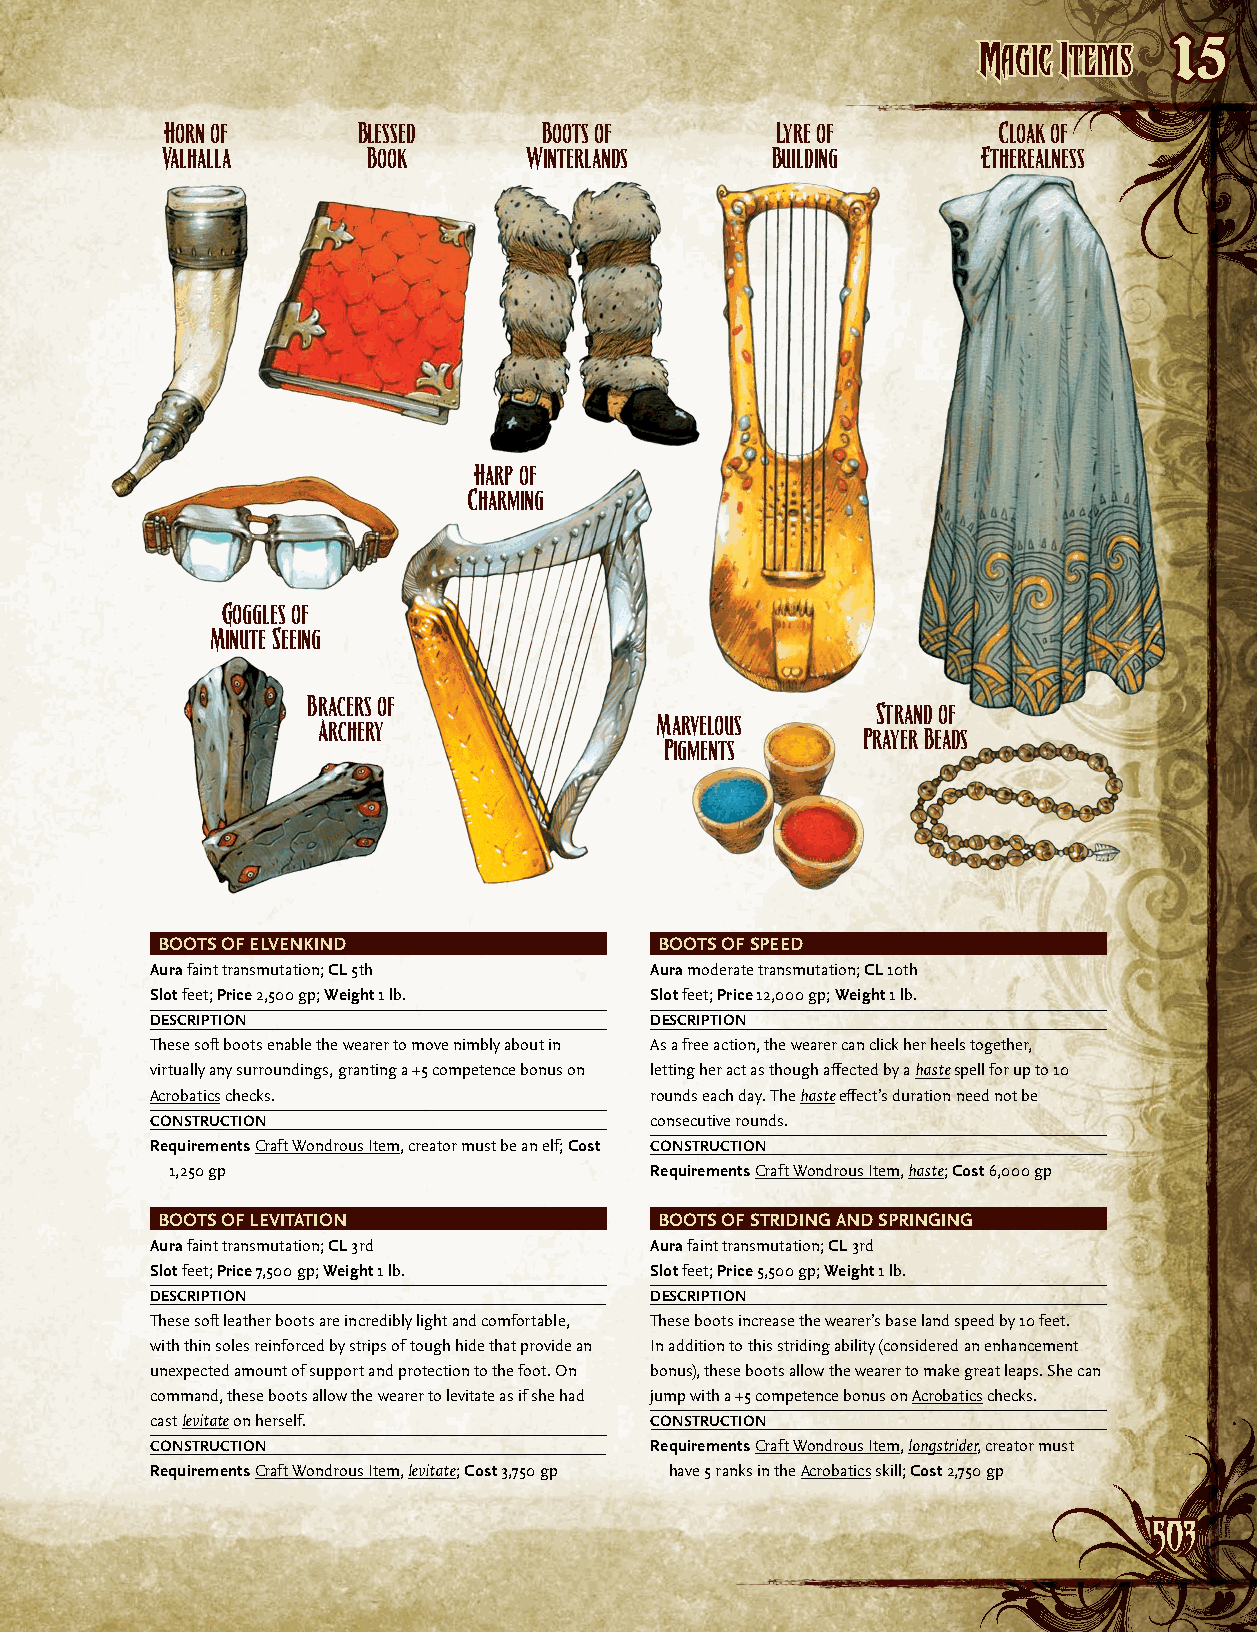
MMaaggiicc IItteemmss
 15
 Horn of      Blessed     Boots of       Lyre of        Cloak of
 Valhalla     Book       Winterlands     Building      Etherealness
 Harp of
 Charming
 Goggles of
 Minute Seeing
 Bracers of
 Strand of
 Marvelous
 Archery
 Prayer Beads
 Pigments
 BOOTS OF ELVENKIND                BOOTS OF SPEED
 Aura faint transmutation; CL 5th Aura moderate transmutation; CL 10th
 Slot feet; Price 2,500 gp; Weight 1 lb. Slot feet; Price 12,000 gp; Weight 1 lb.
 DESCRIPTION                      DESCRIPTION
 These soft boots enable the wearer to move nimbly about in As a free action, the wearer can click her heels together,
 virtually any surroundings, granting a +5 competence bonus on letting her act as though affected by a haste spell for up to 10
 Acrobatics checks.               rounds each day. The haste effect’s duration need not be
 CONSTRUCTION                     consecutive rounds.
 Requirements Craft Wondrous Item, creator must be an elf; Cost CONSTRUCTION
 1,250 gp                        Requirements Craft Wondrous Item, haste; Cost 6,000 gp
 BOOTS OF LEVITATION               BOOTS OF STRIDING AND SPRINGING
 Aura faint transmutation; CL 3rd Aura faint transmutation; CL 3rd
 Slot feet; Price 7,500 gp; Weight 1 lb. Slot feet; Price 5,500 gp; Weight 1 lb.
 DESCRIPTION                      DESCRIPTION
 These soft leather boots are incredibly light and comfortable, These boots increase the wearer’s base land speed by 10 feet.
 with thin soles reinforced by strips of tough hide that provide an In addition to this striding ability (considered an enhancement
 unexpected amount of support and protection to the foot. On bonus), these boots allow the wearer to make great leaps. She can
 command, these boots allow the wearer to levitate as if she had jump with a +5 competence bonus on Acrobatics checks.
 cast levitate on herself.        CONSTRUCTION
 CONSTRUCTION                     Requirements Craft Wondrous Item, longstrider, creator must
 Requirements Craft Wondrous Item, levitate; Cost 3,750 gp have 5 ranks in the Acrobatics skill; Cost 2,750 gp
 550033